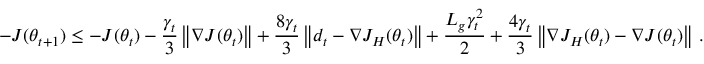
- J ( \theta _ { t + 1 } ) \leq - J ( \theta _ { t } ) - \frac { \gamma _ { t } } { 3 } \left\| \nabla J ( \theta _ { t } ) \right\| + \frac { 8 \gamma _ { t } } { 3 } \left\| d _ { t } - \nabla J _ { H } ( \theta _ { t } ) \right\| + \frac { L _ { g } \gamma _ { t } ^ { 2 } } { 2 } + \frac { 4 \gamma _ { t } } { 3 } \left\| \nabla J _ { H } ( \theta _ { t } ) - \nabla J ( \theta _ { t } ) \right\| \, .